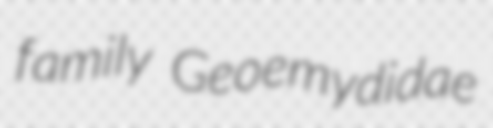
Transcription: family Geoemydidae